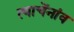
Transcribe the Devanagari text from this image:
त्याचेंनांव